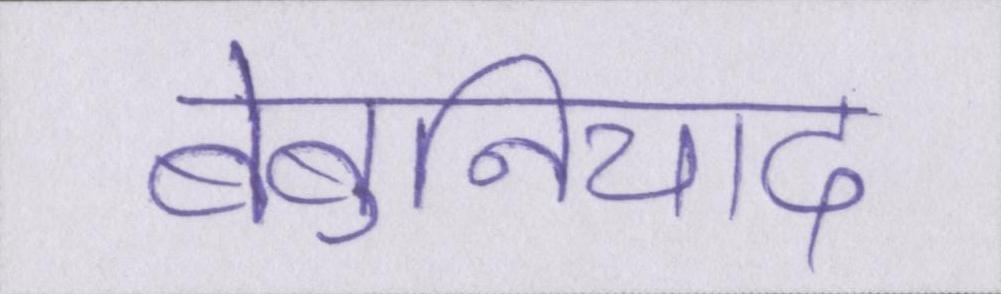
बेबुनियाद